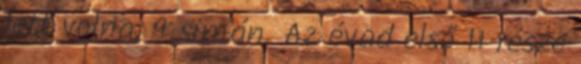
lett volna, 9 simán. Az évad első 11 része